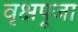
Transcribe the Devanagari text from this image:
वृक्षपूजा